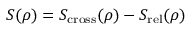
S ( \rho ) = S _ { \mathrm { c r o s s } } ( \rho ) - S _ { \mathrm { r e l } } ( \rho )